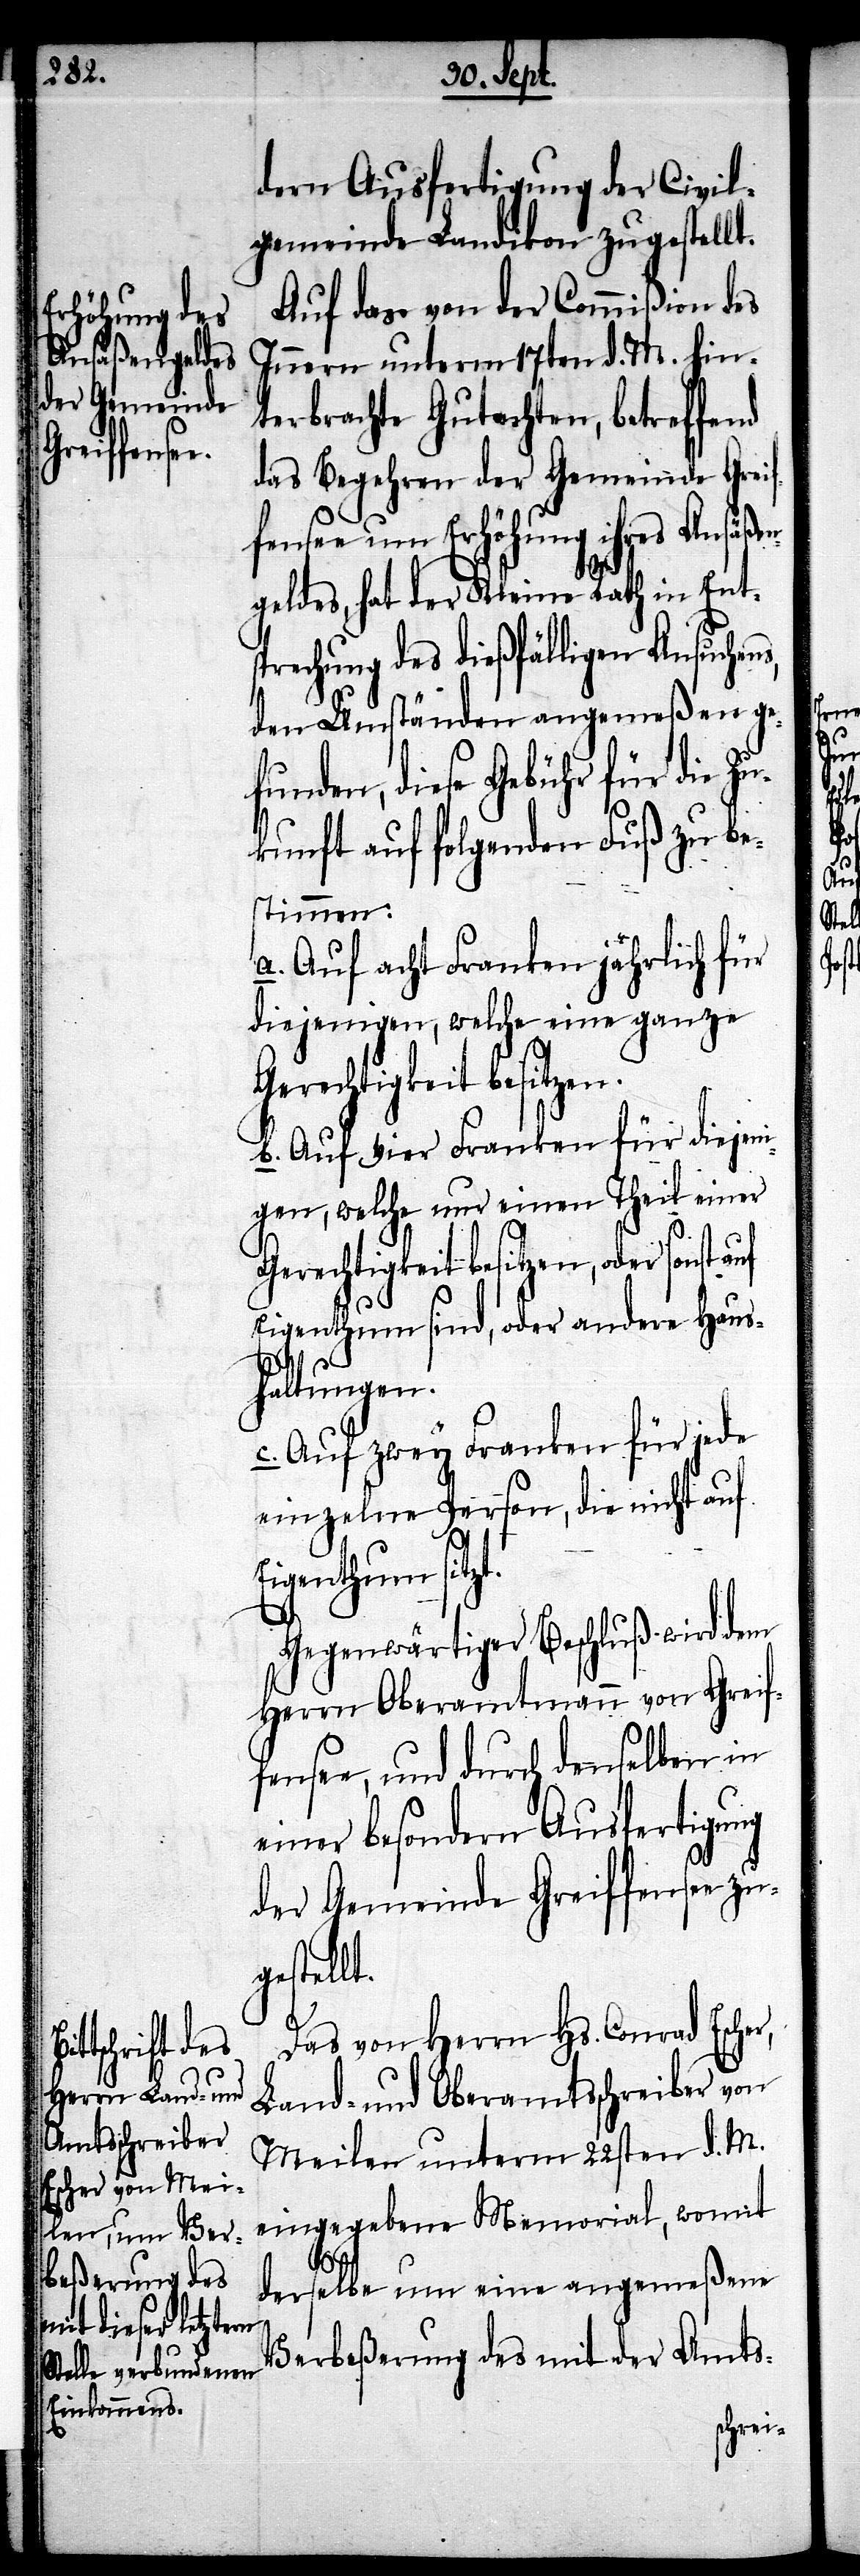
t.

dern Ausfertigung der Civil¬
gemeinde Landikon zugestellt.
Auf das von der Commißion des
Innern unterm 17ten d. M. hin¬
terbrachte Gutachten, betreffend
das Begehren der Gemeinde Greif¬
fensee um Erhöhung ihres Ansäße¬
ngeldes, hat der Kleine Rath in Ent¬
sprechung des dießfälligen Ansuchens,
den Umständen angemeßen ge¬
funden, diese Gebühr für die Z¬
ukunft auf folgenden Fuß zu be¬
stimmen:
a. Auf acht Franken jährlich für
diejenigen, welche eine ganze
Gerechtigkeit besitzen.
b. Auf vier Franken für diejeni¬
gen, welche nur einen Theil einer
Gerechtigkeit besitzen, oder sonst
Eigenthum sind, oder andere Haus¬
haltungen.
c. Auf zwey Franken für jede
einzelne Person, die nicht auf
Eigenthum sitzt.
Gegenwärtiger Beschluß wird dem
Herrn Oberamtmann von Greif¬
fensee, und durch denselben in
einer besondern Ausfertigung
der Gemeinde Greiffensee zu¬
gestell¬
Das von Herrn Hs. Conrad Escher,
Land- und Oberamtsschreiber von
Meilen unterm 22sten d. M.
eingegebene Memorial, womit
derselbe um eine angemeßene
Verbeßerung des mit der Amts-